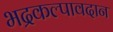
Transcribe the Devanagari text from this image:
भद्रकल्पावदान